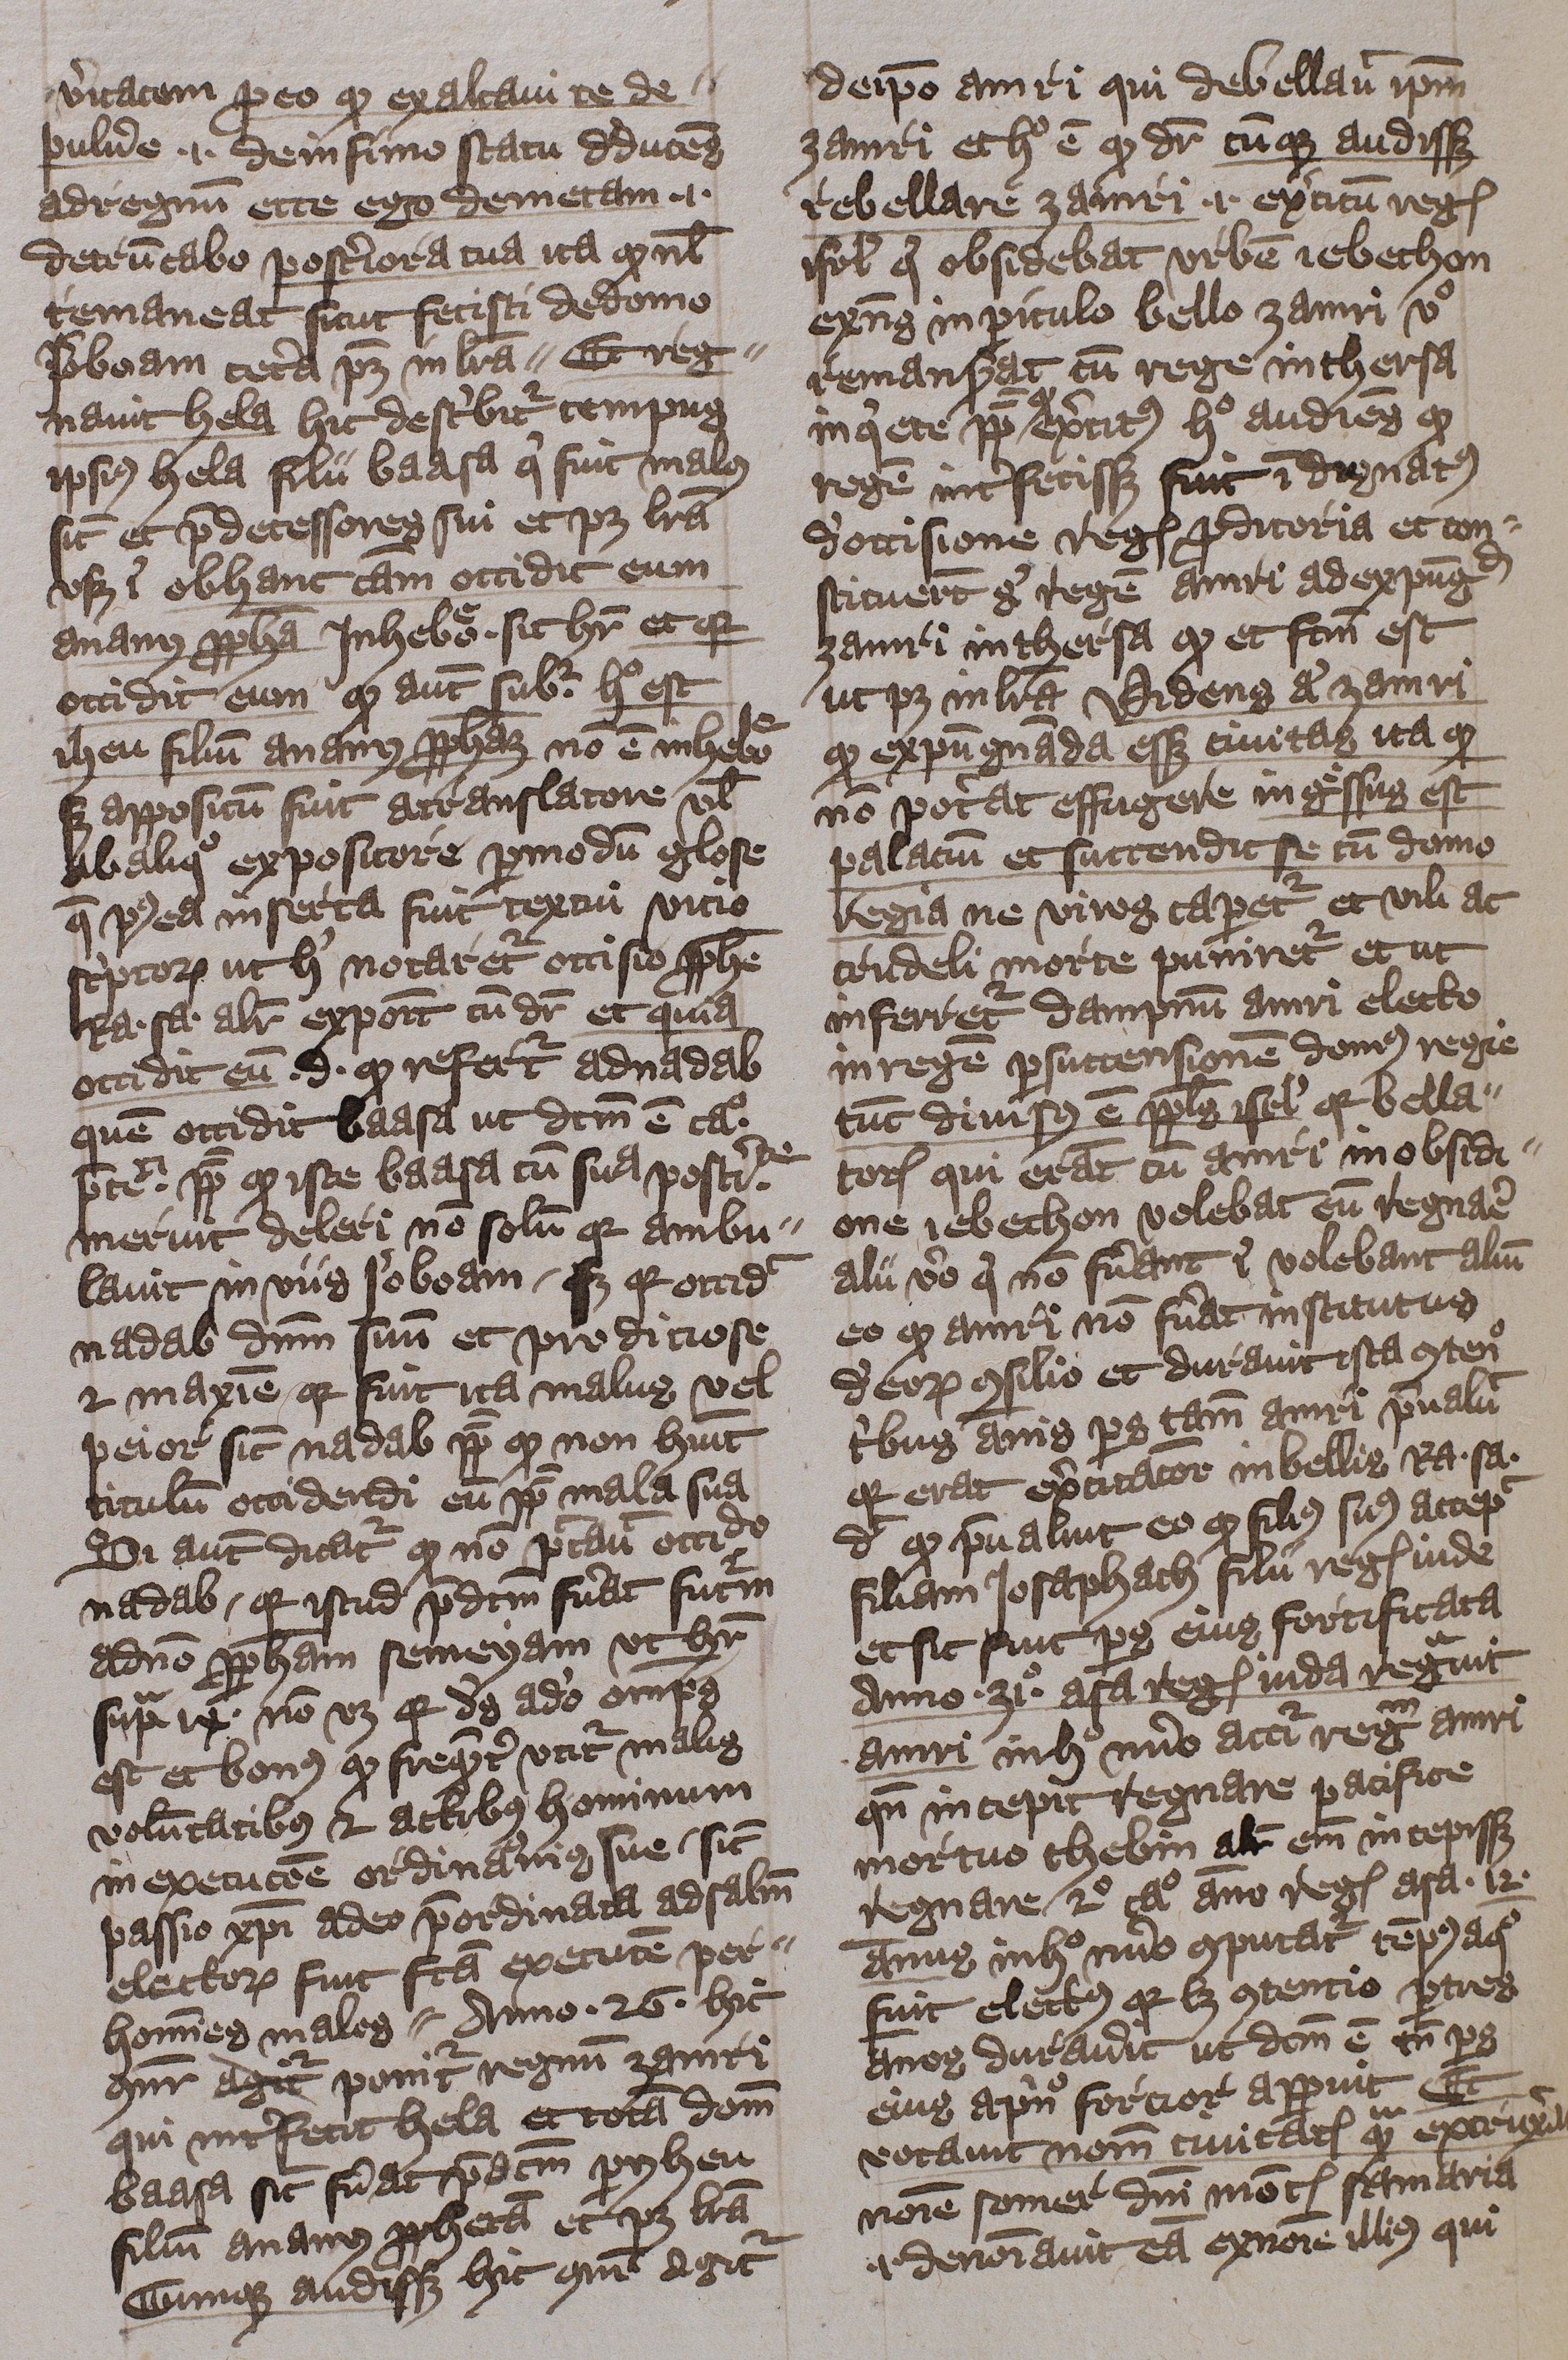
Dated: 1400–1401